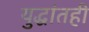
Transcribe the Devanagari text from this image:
युद्धांतही